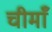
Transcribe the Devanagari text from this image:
चीमाँ